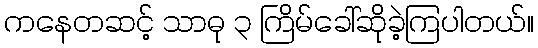
ကနေတဆင့် သာဓု ၃ ကြိမ်ခေါ်ဆိုခဲ့ကြပါတယ်။